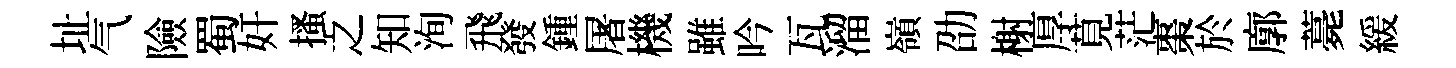
址气險蜀奸搔之知洵飛發鍾屠機雖吟瓦溜嶺劭榭厚莧茫棗於廓薧緩